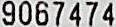
9067474